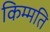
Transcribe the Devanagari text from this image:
किम्मति